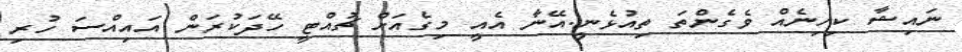
ނައިޝާ ކިހިނެއް ވެގެންތަ ތިއުޅެނީ.އޭނާ އެއީ މިގެއަށް ޗުއްޓީ ހޭދަކުރަން އައިއްސަ ހުރި